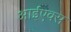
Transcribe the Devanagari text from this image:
आईएक्स